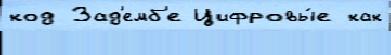
код Зад'емб'е Цифровы́е как